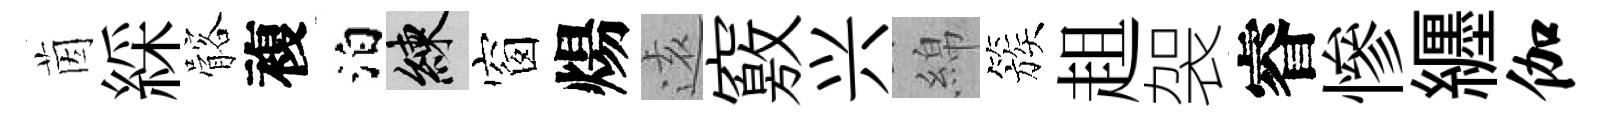
茵綵髂複泊練窗煬逺竅兴綿簇趄袈睿慘纒伽